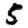
Digit: 5